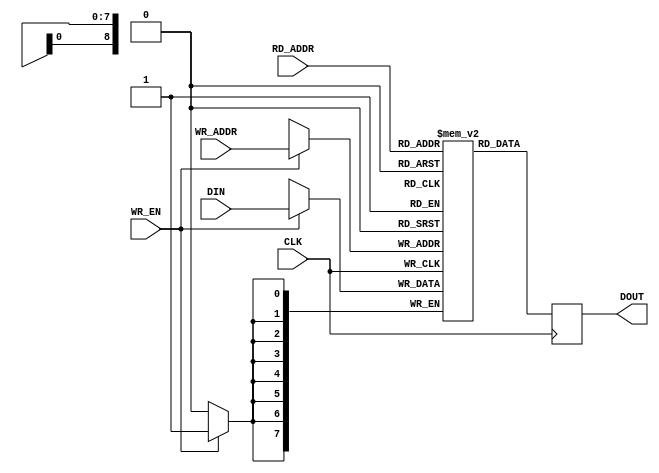
`default_nettype none
module ram (DIN, WR_ADDR, WR_EN, CLK, RD_ADDR, DOUT);
    // 512x8 RAM, taken directly from Lattice ice40 memory programming guide
    parameter addr_width = 9;
    parameter data_width = 8;

    input [addr_width-1:0]  WR_ADDR;
    input [data_width-1:0]  DIN;
    input                   WR_EN;
    input                   CLK;
    input  [addr_width-1:0] RD_ADDR;
    output [data_width-1:0] DOUT;

    // The actual RAM hardware block is inferred here by the very large register
    // rather than being explicityly stated
    reg [data_width-1:0] DOUT; // Register for output.
    reg [data_width-1:0] mem[(1<<addr_width)-1:0];

    always @(posedge CLK) begin
        if (WR_EN)
            mem[WR_ADDR] <= DIN;
        DOUT <= mem[RD_ADDR]; // Output register controlled by clock.
    end

endmodule